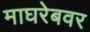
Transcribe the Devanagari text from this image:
माघरेबवर